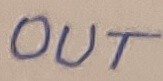
Text: OUT